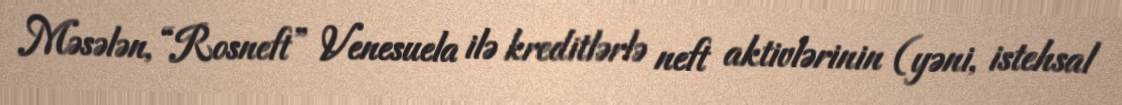
Məsələn, “Rosneft” Venesuela ilə kreditlərlə neft aktivlərinin (yəni, istehsal